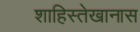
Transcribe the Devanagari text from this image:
शाहिस्तेखानास